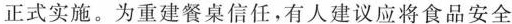
正式实施。为重建餐桌信任，有人建议应将食品安全